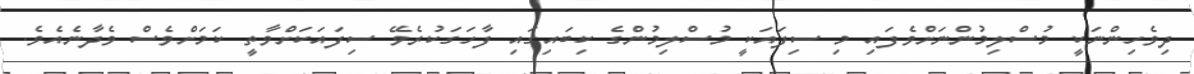
ދިވެހިންނަކީ މުސްލިމުންނަށްވެފައި މި ސިފައަކީ މުސްލިމުންގެ ކިބައިގައި ފާހަގަކުރެވޭ ސިފައަކަށްވާތީ ކަމަށްވެސް ވެދާނެއެވެ.